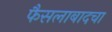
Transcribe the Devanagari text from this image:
फैसलाबादचा